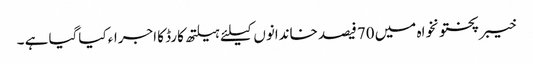
خیبرپختونخواہ میں 70فیصد خاندانوں کیلئے ہیلتھ کارڈ کا اجراء کیاگیا ہے ۔